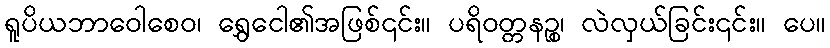
ရူပိယဘာဝေါစေဝ၊ ရွှေငေါ၏အဖြစ်၎င်း။ ပရိဝတ္တနဉ္စ၊ လဲလှယ်ခြင်း၎င်း။ ပေ။